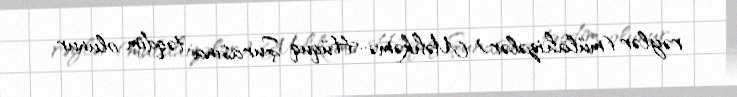
rəylər (mülahizələr) Məhkəmə-Hüquq Şurasına təqdim olunur.